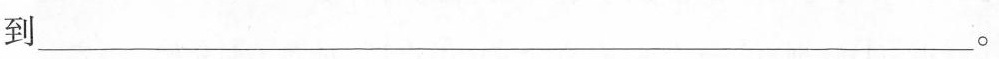
到___。